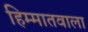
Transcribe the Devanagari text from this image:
हिम्मातवाला